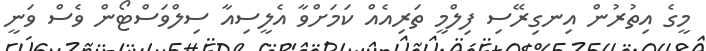
މީގެ އިތުރުން އިނގިރޭސި ފިލްމީ ތަރިއެއް ކަމަށްވާ އެލީސިއާ ސިލްވަސްޓޯން ވެސް ވަނީ